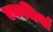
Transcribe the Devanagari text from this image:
एकमियां